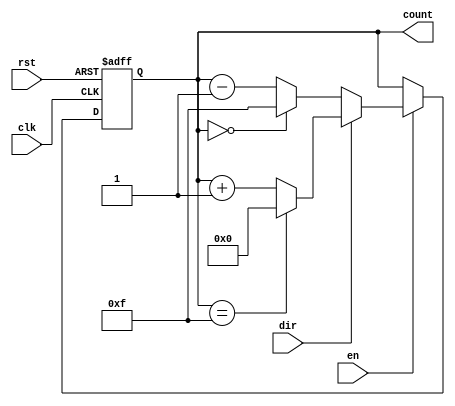
module MemoryBlocksBinaryCounter #(
    parameter WIDTH = 4,       // Number of bits for the counter
    parameter MAX_COUNT = (1 << WIDTH) - 1 // Maximum count value, calculated as 2^WIDTH - 1
)(
    input wire clk,            // Clock signal
    input wire rst,            // Asynchronous reset
    input wire en,             // Enable signal
    input wire dir,            // Direction signal (1 for up, 0 for down)
    output reg [WIDTH-1:0] count // Current count value
);

    // Always block for counter logic
    always @(posedge clk or posedge rst) begin
        if (rst) begin
            count <= 0; // Reset count to 0
        end else if (en) begin
            if (dir) begin
                // Up counting
                if (count == MAX_COUNT) begin
                    count <= 0; // Wrap around to 0
                end else begin
                    count <= count + 1; // Increment count
                end
            end else begin
                // Down counting
                if (count == 0) begin
                    count <= MAX_COUNT; // Wrap around to MAX_COUNT
                end else begin
                    count <= count - 1; // Decrement count
                end
            end
        end
    end

endmodule